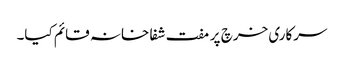
سرکاری خرچ پر مفت شفا خانہ قائم کیا۔